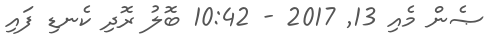
ޞެން މެއި 13